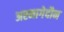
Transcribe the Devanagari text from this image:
अरमागेदौन